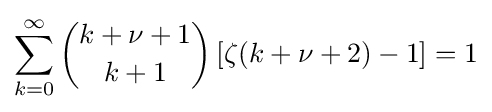
\sum _{k=0}^{\infty }{k+\nu +1 \choose k+1}\left[\zeta (k+\nu +2)-1\right]=1